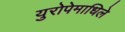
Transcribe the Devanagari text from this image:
युरोपेमाधिले